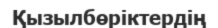
Қызылбөріктердің